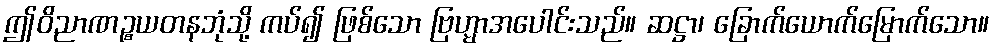
ဤဝိညာဏဉ္စယတနဘုံသို့ ကပ်၍ ဖြစ်သော ဗြဟ္မာအပေါင်းသည်။ ဆဋ္ဌာ၊ ခြောက်ယောက်မြောက်သော။